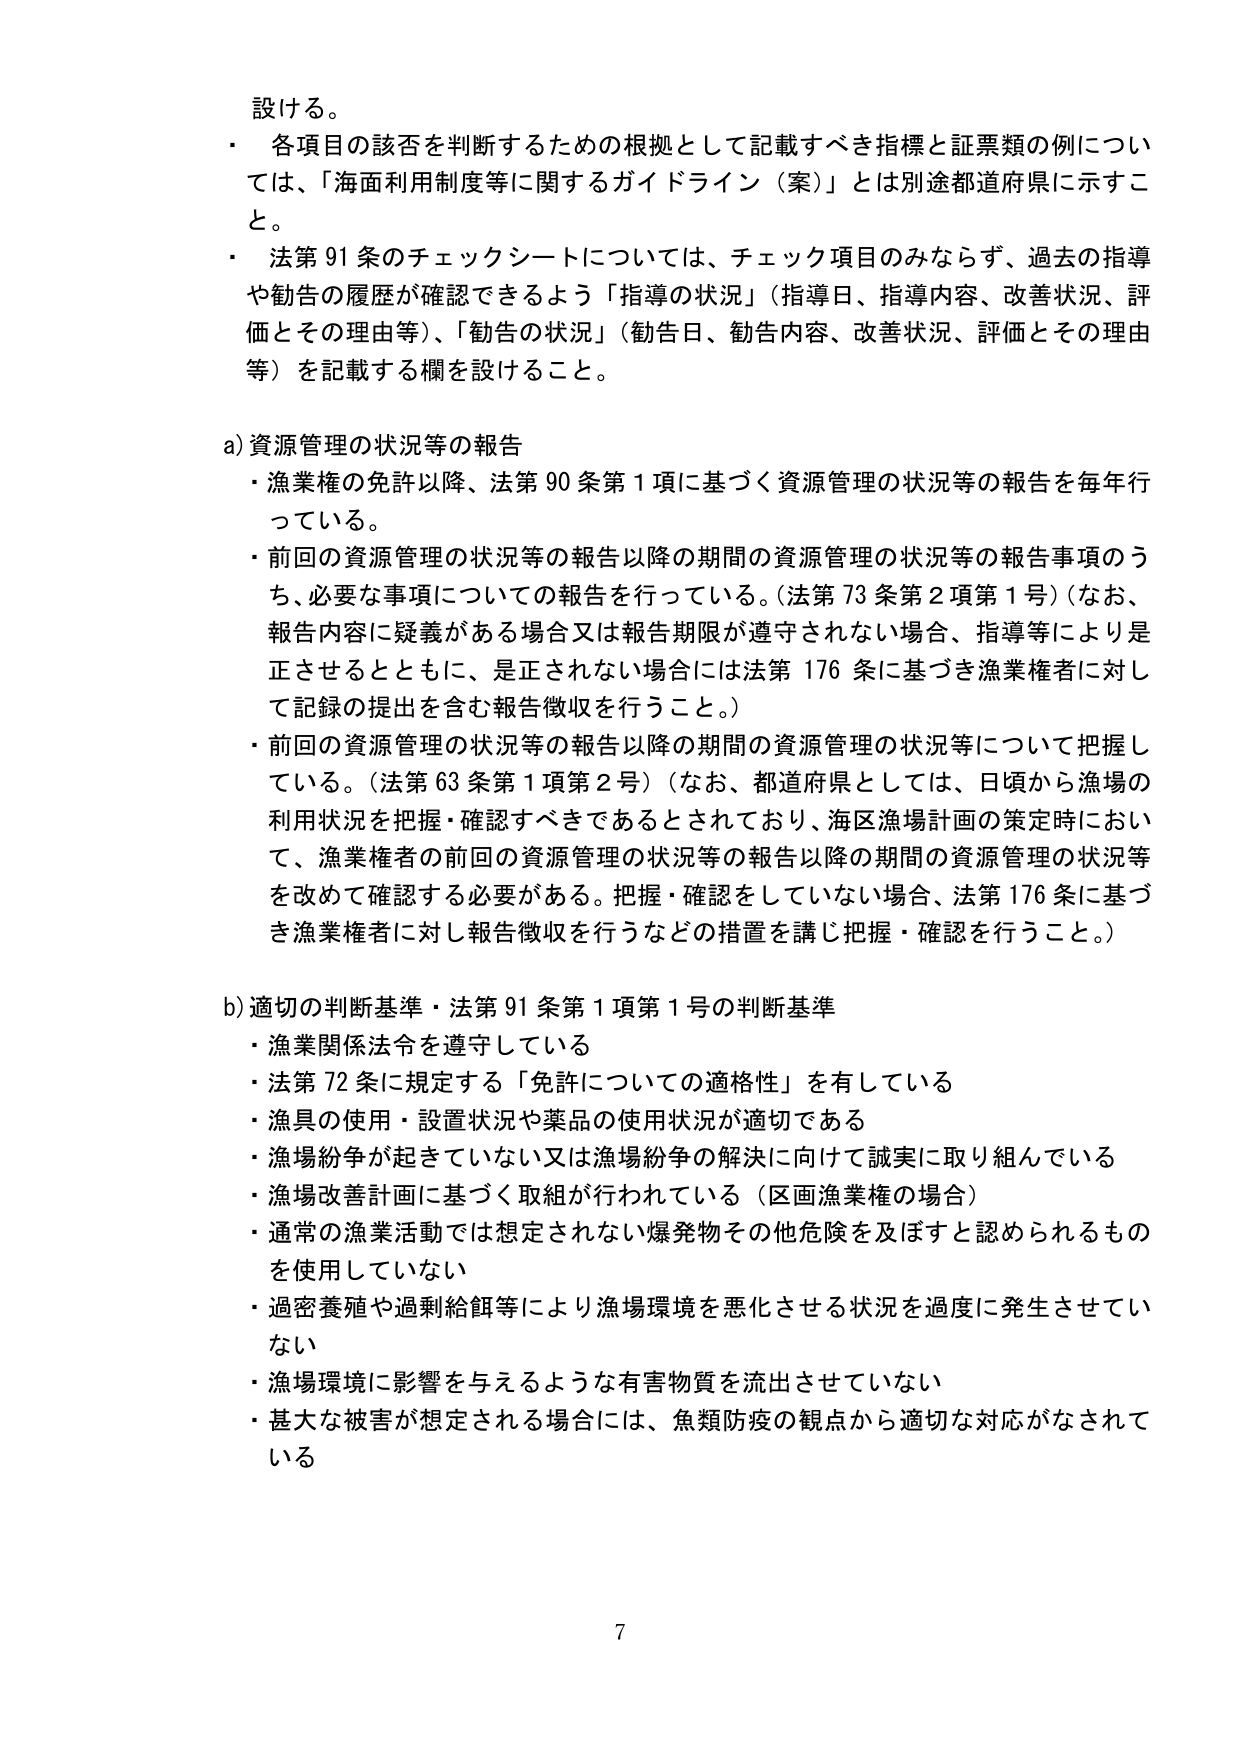
設ける。
・ 各項目の該否を判断するための根拠として記載すべき指標と証票類の例については、「海面利用制度等に関するガイドライン（案）」とは別途都道府県に示すこと。
・ 法第91条のチェックシートについては、チェック項目のみならず、過去の指導や勧告の履歴が確認できるよう「指導の状況」（指導日、指導内容、改善状況、評価とその理由等）、「勧告の状況」（勧告日、勧告内容、改善状況、評価とその理由等）を記載する欄を設けること。

a) 資源管理の状況等の報告
・ 漁業権の免許以降、法第90条第1項に基づく資源管理の状況等の報告を毎年行っている。
・ 前回の資源管理の状況等の報告以降の期間の資源管理の状況等の報告事項のうち、必要な事項についての報告を行っている。（法第73条第2項第1号）（なお、報告内容に疑義がある場合又は報告期限が遵守されない場合、指導等により是正させるとともに、是正されない場合には法第176条に基づき漁業権者に対して記録の提出を含む報告徴収を行うこと。）
・ 前回の資源管理の状況等の報告以降の期間の資源管理の状況等について把握している。（法第63条第1項第2号）（なお、都道府県としては、日頃から漁場の利用状況を把握・確認すべきであるとされており、海区漁場計画の策定時において、漁業権者の前回の資源管理の状況等の報告以降の期間の資源管理の状況等を改めて確認する必要がある。把握・確認をしていない場合、法第176条に基づき漁業権者に対し報告徴収を行うなどの措置を講じ把握・確認を行うこと。）

b) 適切の判断基準・法第91条第1項第1号の判断基準
・ 漁業関係法令を遵守している
・ 法第72条に規定する「免許についての適格性」を有している
・ 漁具の使用・設置状況や薬品の使用状況が適切である
・ 漁場紛争が起きていない又は漁場紛争の解決に向けて誠実に取り組んでいる
・ 漁場改善計画に基づく取組が行われている（区画漁業権の場合）
・ 通常の漁業活動では想定されない爆発物その他危険を及ぼすと認められるものを使用していない
・ 過密養殖や過剰給餌等により漁場環境を悪化させる状況を過度に発生させていない
・ 漁場環境に影響を与えるような有害物質を流出させていない
・ 甚大な被害が想定される場合には、魚類防疫の観点から適切な対応がなされている

7